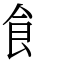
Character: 飠